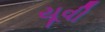
યૂવી